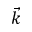
\vec { k }